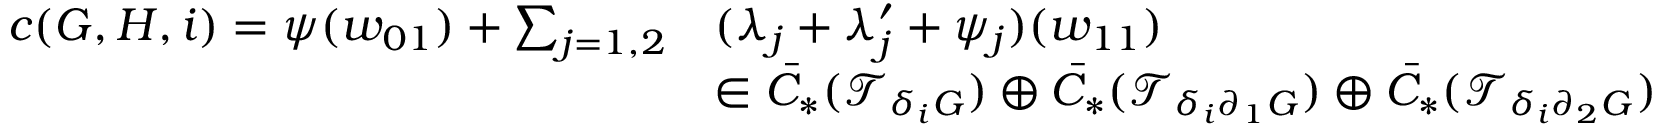
\begin{array} { r l } { c ( G , H , i ) = \psi ( w _ { 0 1 } ) + \sum _ { j = 1 , 2 } } & { ( \lambda _ { j } + \lambda _ { j } ^ { \prime } + \psi _ { j } ) ( w _ { 1 1 } ) } \\ & { \in \bar { C } _ { * } ( \mathcal { T } _ { \delta _ { i } G } ) \oplus \bar { C } _ { * } ( \mathcal { T } _ { \delta _ { i } \partial _ { 1 } G } ) \oplus \bar { C } _ { * } ( \mathcal { T } _ { \delta _ { i } \partial _ { 2 } G } ) } \end{array}